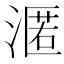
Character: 𭱶